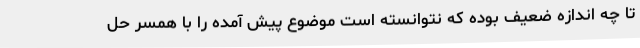
تا چه اندازه ضعیف بوده که نتوانسته است موضوع پیش آمده را با همسر حل